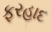
ફરહાદ